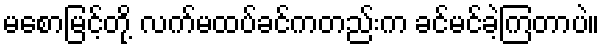
မစောမြင့်တို့ လက်မထပ်ခင်ကတည်းက ခင်မင်ခဲ့ကြတာပဲ။